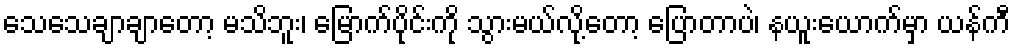
သေသေချာချာတော့ မသိဘူး၊ မြောက်ပိုင်းကို သွားမယ်လို့တော့ ပြောတာပဲ၊ နယူးယောက်မှာ ယန်ကီ